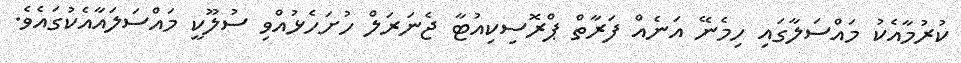
ކުރުމާއެކު މައްސަލާގައި ހިމެނޭ އަނެއް ފަރާތް ޕްރޮސިކިއުޓާ ޖެނަރަލް ހުށަހެޅުއްވި ސުލޫކީ މައްސަލައާއެކުގައެވެ.